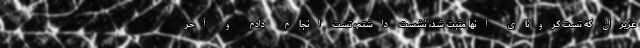
عزیزان که تست کرونای آنها مثبت شد، نشست داشتم، تست انجام دادم و آخر